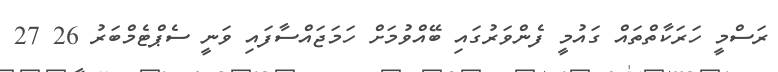
ރަސްމީ ހަރަކާތްތައް ގައުމީ ފެންވަރުގައި ބޭއްވުމަށް ހަމަޖައްސާފައި ވަނީ ސެޕްޓެމްބަރު 26 27